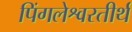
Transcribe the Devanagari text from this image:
पिंगलेश्वरतीर्थ